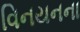
વિનયનના